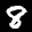
Label: 8